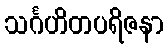
သင်္ဂဟိတပရိဇနာ